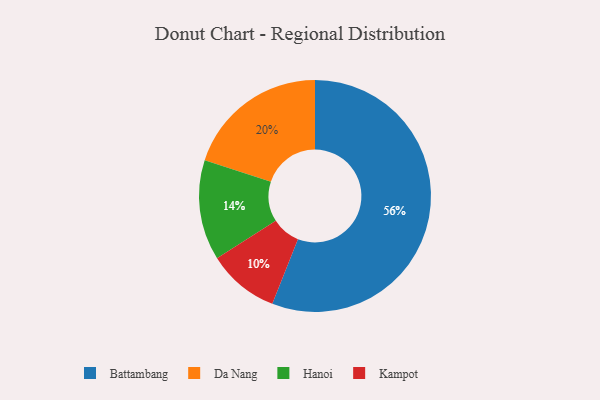
{"axis": {"x": "Category", "y": "Percentage"}, "legend": ["Battambang", "Da Nang", "Hanoi", "Kampot"], "data": [{"x": "Battambang", "y": 56, "type": "Battambang"}, {"x": "Hanoi", "y": 14, "type": "Hanoi"}, {"x": "Kampot", "y": 10, "type": "Kampot"}, {"x": "Da Nang", "y": 20, "type": "Da Nang"}]}